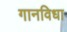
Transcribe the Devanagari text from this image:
गानविधा